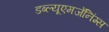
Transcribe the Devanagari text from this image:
डब्ल्यूएमजेंनिंग्स